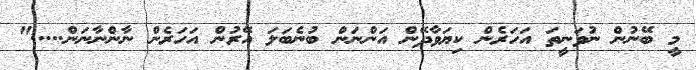
މީ ބޭނުން ނުވަނީތަ އަހަރެން ކިޔަވާދޭން އަންނަން ބުނެބަލަ އޭރުން އަހަރެން ނާންނާނަން....."